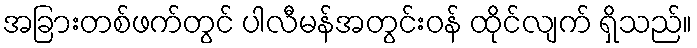
အခြားတစ်ဖက်တွင် ပါလီမန်အတွင်းဝန် ထိုင်လျက် ရှိသည်။